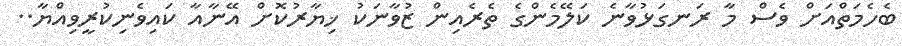
ބެހެމަތްއަށް ވެސް މާ ރަނގަޅުވާނެ ކަލޭމެންގެ ތެރެއިން ޒުވާނަކު ޚިޔާރުކޮށް އޭނާއާ ކައިވެނިކުރީވިއްޔާ..